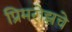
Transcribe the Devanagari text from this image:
प्रिमरोझचे